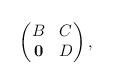
LaTeX: \begin{align*}\begin{pmatrix}B&C\\\mathbf{0}&D\end{pmatrix},\end{align*}